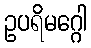
ဥပရိမဂ္ဂေါ